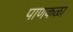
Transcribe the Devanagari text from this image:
पाणकळा